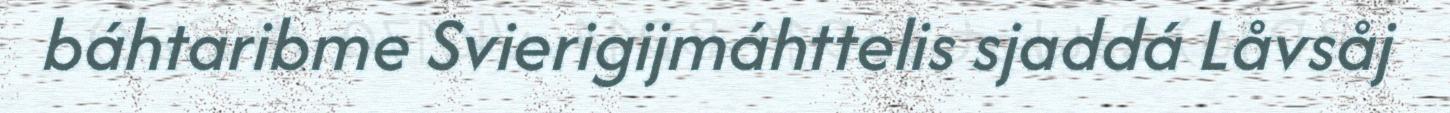
báhtaribme Svierigijmáhttelis sjaddá Låvsåj